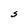
Character: S